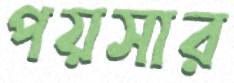
পয়সার